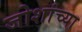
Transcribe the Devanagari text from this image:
जोशांच्या